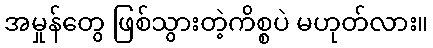
အမှုန်တွေ ဖြစ်သွားတဲ့ကိစ္စပဲ မဟုတ်လား။